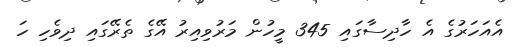
އެއަހަރުގެ އެ ހާދިސާގައި 345 މީހުން މަރުވިއިރު އޭގެ ތެރޭގައި ދިވެހި ހަ